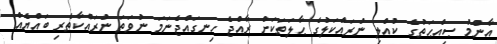
އާންމު ޞިއްޙަތުގެ ކުއްލި ނުރައްކަލުގެ ޙާލަތަކަށް ރާއްޖެ ހިނގައްޖެނަމަ ނުވަތަ ނުރައްކާތެރި ބައްޔެއް